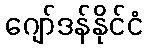
ဂျော်ဒန်နိုင်ငံ